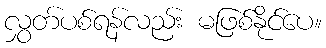
လွှတ်ပစ်ရန်လည်း မဖြစ်နိုင်ပေ။